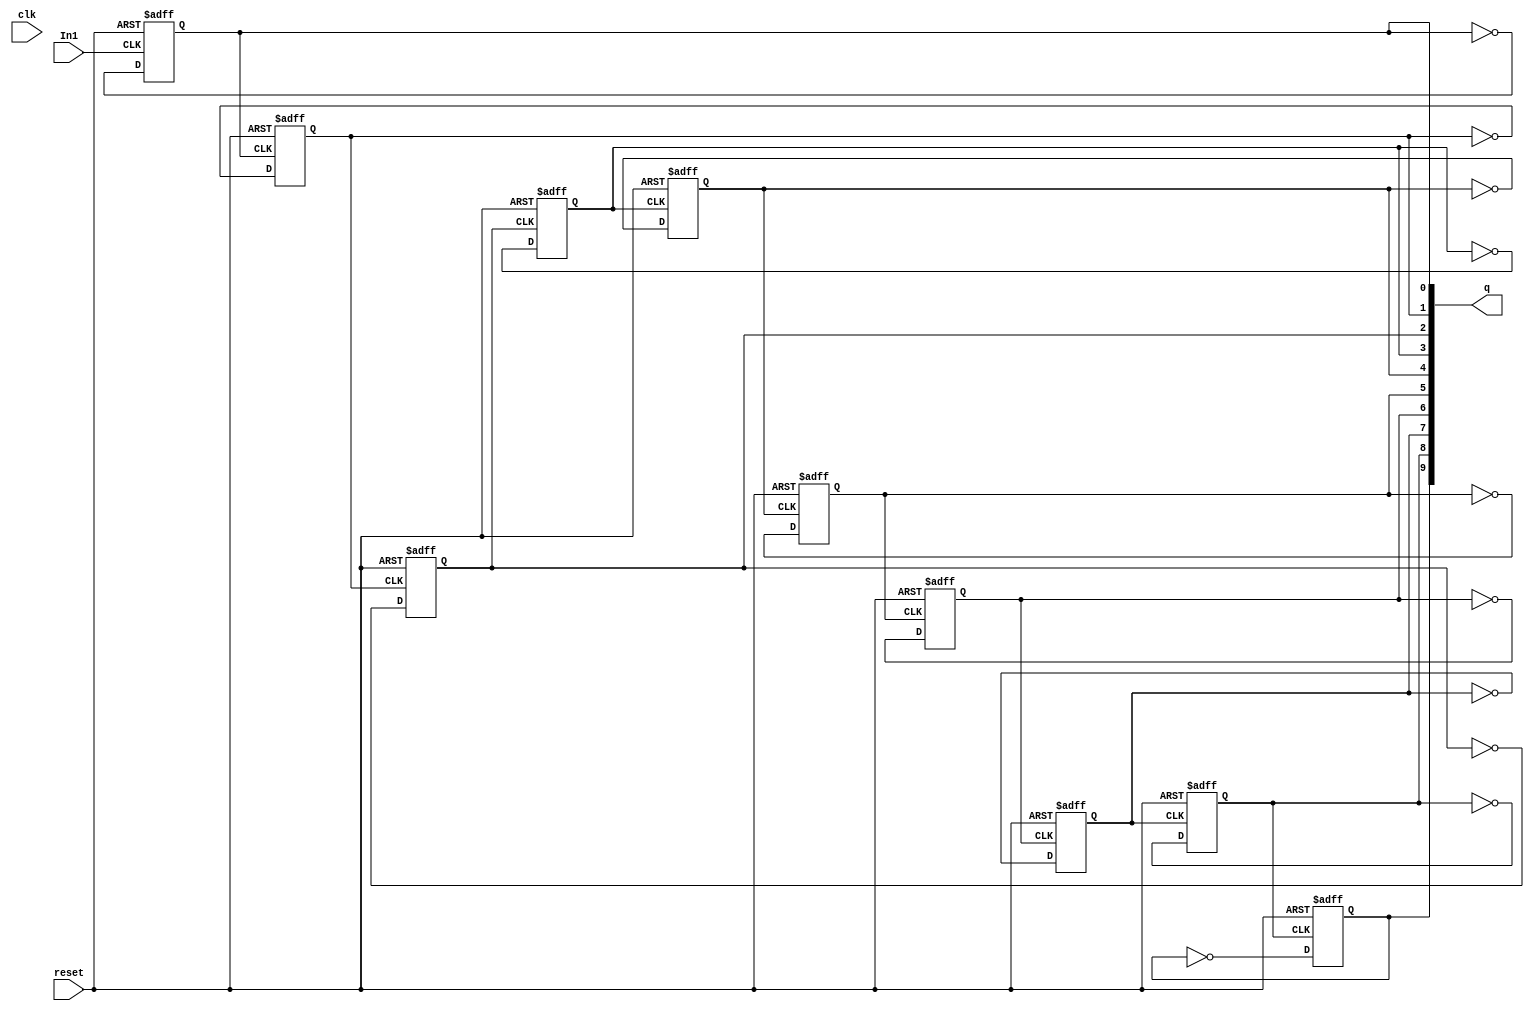
module async_counter(
    input wire clk,
    input wire In1,     
    input wire reset,   
    output wire [9:0] q 
);

reg [9:0] count = 10'b0000000000;       

always @(posedge In1 or posedge reset) begin
    if (reset) begin
        count[0] <= 1'b0;
    end else begin
        count[0] <= ~count[0];
    end
end

always @(negedge count[0] or posedge reset) begin
    if (reset) begin
        count[1] <= 1'b0;
    end else begin
        count[1] <= ~count[1];
    end
end

always @(negedge count[1] or posedge reset) begin
    if (reset) begin
        count[2] <= 1'b0;
    end else begin
        count[2] <= ~count[2];
    end
end

always @(negedge count[2] or posedge reset) begin
    if (reset) begin
        count[3] <= 1'b0;
    end else begin
        count[3] <= ~count[3];
    end
end

always @(negedge count[3] or posedge reset) begin
    if (reset) begin
        count[4] <= 1'b0;
    end else begin
        count[4] <= ~count[4];
    end
end

always @(negedge count[4] or posedge reset) begin
    if (reset) begin
        count[5] <= 1'b0;
    end else begin
        count[5] <= ~count[5];
    end
end

always @(negedge count[5] or posedge reset) begin
    if (reset) begin
        count[6] <= 1'b0;
    end else begin
        count[6] <= ~count[6];
    end
end

always @(negedge count[6] or posedge reset) begin
    if (reset) begin
        count[7] <= 1'b0;
    end else begin
        count[7] <= ~count[7];
    end
end

always @(negedge count[7] or posedge reset) begin
    if (reset) begin
        count[8] <= 1'b0;
    end else begin
        count[8] <= ~count[8];
    end
end

always @(negedge count[8] or posedge reset) begin
    if (reset) begin
        count[9] <= 1'b0;
    end else begin
        count[9] <= ~count[9];
    end
end

assign q = count;
    

endmodule